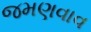
જમણવાવ